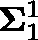
\mathbf { \Sigma } _ { 1 } ^ { 1 }